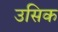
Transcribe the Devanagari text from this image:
उसिक